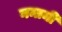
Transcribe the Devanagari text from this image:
नमामी